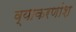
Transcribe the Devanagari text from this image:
व्याकरणांश